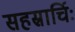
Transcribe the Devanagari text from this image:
सहस्रार्चिः